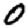
Digit: 0